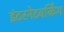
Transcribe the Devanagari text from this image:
इंटरनेटवर्किंग